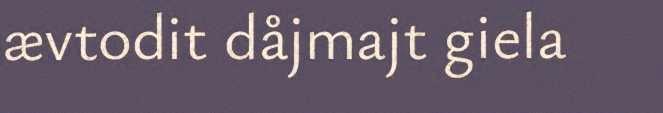
ævtodit dåjmajt giela